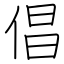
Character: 倡